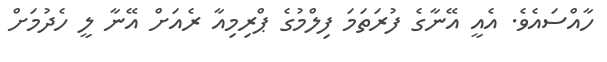
ހާއްސައެވެ. އެއީ އޭނާގެ ފުރަތަމަ ފިލްމުގެ ޕްރިމިއާ ރެއަށް އޭނާ ލީ ހެދުމަށް